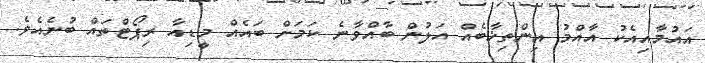
އައުމާއިއެކު އާއްމު އިންތިޚާބެއް އަލުން ބާއްވާނެ ކަަމަށް ބައެއް މީޑިއާ ރިޕޯޓްތައް ބުނެއެވެ.